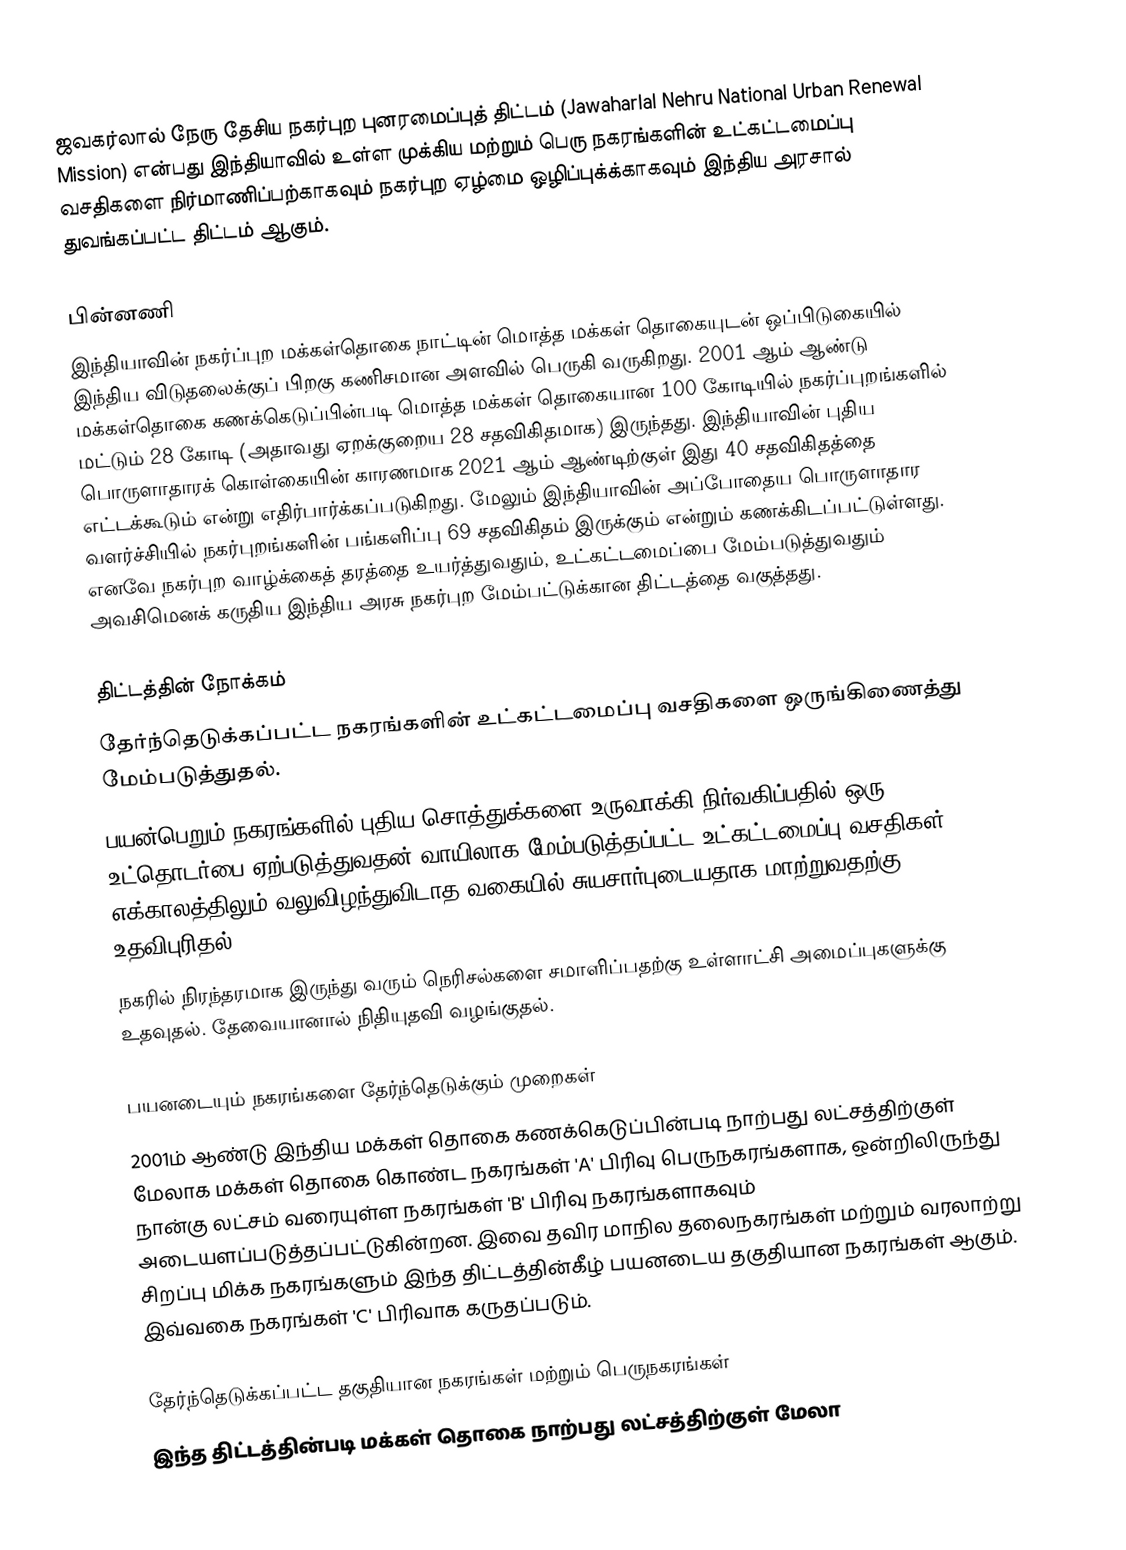
ஜவகர்லால் நேரு தேசிய நகர்புற புனரமைப்புத் திட்டம் (Jawaharlal Nehru National Urban Renewal Mission) என்பது இந்தியாவில் உள்ள முக்கிய மற்றும் பெரு நகரங்களின் உட்கட்டமைப்பு வசதிகளை நிர்மாணிப்பற்காகவும் நகர்புற ஏழ்மை ஒழிப்புக்க்காகவும் இந்திய அரசால் துவங்கப்பட்ட திட்டம் ஆகும்.

பின்னணி
இந்தியாவின் நகர்ப்புற மக்கள்தொகை நாட்டின் மொத்த மக்கள் தொகையுடன் ஒப்பிடுகையில் இந்திய விடுதலைக்குப் பிறகு கணிசமான அளவில் பெருகி வருகிறது. 2001 ஆம் ஆண்டு மக்கள்தொகை கணக்கெடுப்பின்படி மொத்த மக்கள் தொகையான 100 கோடியில் நகர்ப்புறங்களில் மட்டும் 28 கோடி (அதாவது ஏறக்குறைய 28 சதவிகிதமாக) இருந்தது. இந்தியாவின் புதிய பொருளாதாரக் கொள்கையின் காரணமாக 2021 ஆம் ஆண்டிற்குள் இது 40 சதவிகிதத்தை எட்டக்கூடும் என்று எதிர்பார்க்கப்படுகிறது. மேலும் இந்தியாவின் அப்போதைய பொருளாதார வளர்ச்சியில் நகர்புறங்களின் பங்களிப்பு 69 சதவிகிதம் இருக்கும் என்றும் கணக்கிடப்பட்டுள்ளது. எனவே நகர்புற வாழ்க்கைத் தரத்தை உயர்த்துவதும், உட்கட்டமைப்பை மேம்படுத்துவதும் அவசிமெனக் கருதிய இந்திய அரசு நகர்புற மேம்பட்டுக்கான திட்டத்தை வகுத்தது.

திட்டத்தின் நோக்கம்
 தேர்ந்தெடுக்கப்பட்ட நகரங்களின் உட்கட்டமைப்பு வசதிகளை ஒருங்கிணைத்து மேம்படுத்துதல்.
 பயன்பெறும் நகரங்களில் புதிய சொத்துக்களை உருவாக்கி நிர்வகிப்பதில் ஒரு உட்தொடர்பை ஏற்படுத்துவதன் வாயிலாக மேம்படுத்தப்பட்ட உட்கட்டமைப்பு வசதிகள் எக்காலத்திலும் வலுவிழந்துவிடாத வகையில் சுயசார்புடையதாக மாற்றுவதற்கு உதவிபுரிதல்.
 நகரில் நிரந்தரமாக இருந்து வரும் நெரிசல்களை சமாளிப்பதற்கு உள்ளாட்சி அமைப்புகளுக்கு உதவுதல். தேவையானால் நிதியுதவி வழங்குதல்.

பயனடையும் நகரங்களை தேர்ந்தெடுக்கும் முறைகள்
2001ம் ஆண்டு இந்திய மக்கள் தொகை கணக்கெடுப்பின்படி நாற்பது லட்சத்திற்குள் மேலாக மக்கள் தொகை கொண்ட நகரங்கள் 'A' பிரிவு பெருநகரங்களாக, ஒன்றிலிருந்து நான்கு லட்சம் வரையுள்ள நகரங்கள் 'B' பிரிவு நகரங்களாகவும் அடையளப்படுத்தப்பட்டுகின்றன. இவை தவிர மாநில தலைநகரங்கள் மற்றும் வரலாற்று சிறப்பு மிக்க நகரங்களும் இந்த திட்டத்தின்கீழ் பயனடைய தகுதியான நகரங்கள் ஆகும். இவ்வகை நகரங்கள் 'C' பிரிவாக கருதப்படும்.

தேர்ந்தெடுக்கப்பட்ட தகுதியான நகரங்கள் மற்றும் பெருநகரங்கள்
இந்த திட்டத்தின்படி மக்கள் தொகை நாற்பது லட்சத்திற்குள் மேலா